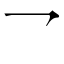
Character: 乛